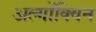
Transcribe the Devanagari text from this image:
अल्गोंक्विन